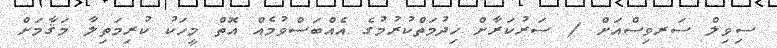
ސިވިލް ސަރވިސްއަށް / ސަރުކަރާށް ޚިދުމަތްކުރުމުގެ އެއްބަސްވުމެއް އޮތް މީހަކު ކުރިމަތިލާ މަޤާމަށް